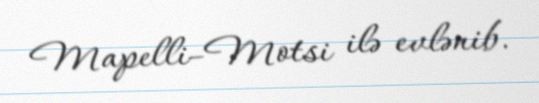
Mapelli–Motsi ilə evlənib.